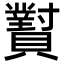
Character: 𬥫